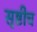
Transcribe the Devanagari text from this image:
सृष्टीच